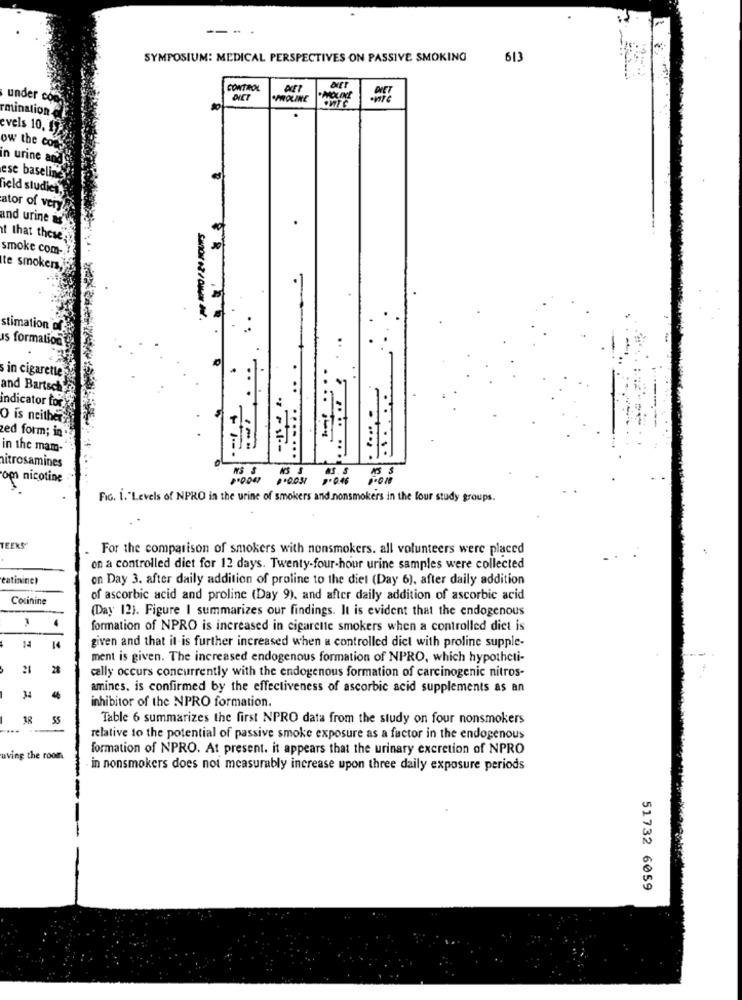
---
SYMPOSIUM: MEDICAL PERSPECTIVES ON PASSIVE SMOKING
613
CONTROL
under co
DICT
.PROLINE
rmination &
evels 10, 1
ow the coff
in urine an
ese baseline
field studies.
ator of very
and urine as
it that these
smoke com-
te smokers,
-
stimation of
is formation
sin cigarette
and Bartsch
indicator for
O is neither
zed form; in
in the mam-
nitrosamines
aS. S
A5 $
om nicotine
100031 10.46
1.000
FIG. I."Levels of NPRO in the urine of smokers and nonsmokers in the four study groups.
TEERS
For the comparison of smokers with nonsmokers. all volunteers were placed
on a controlled diet for 12 days. Twenty-four-hour urine samples were collected
eatininel
on Day 3. after daily addition of proline to the diet (Day 6), after daily addition
Cocinine
of ascorbic acid and proline (Day 9), and after daily addition of ascorbic acid
(Day 12). Figure I summarizes our findings. It is evident that the endogenous
3
formation of NPRO is increased in cigarette smokers when a controlled diet is
given and that it is further increased when a controlled dict with proline supple-
14
14
ment is given. The increased endogenous formation of NPRO, which hypothcti-
28
cally occurs concurrently with the endogenous formation of carcinogenic nitros-
amines, is confirmed by the effectiveness of ascorbic acid supplements as an
46
inhibitor of the NPRO formation.
55
Table 6 summarizes the first NPRO data from the study on four nonsmokers
relative to the potential of passive smoke exposure as a factor in the endogenous
formation of NPRO. At present. it appears that the urinary excretion of NPRO
uving the room.
in nonsmokers does not measurably increase upon three daily exposure periods
51732 6059